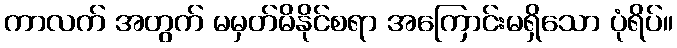
ကာလက် အတွက် မမှတ်မိနိုင်စရာ အကြောင်းမရှိသော ပုံရိပ်။